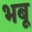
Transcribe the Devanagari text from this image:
भबू